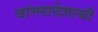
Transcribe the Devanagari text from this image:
बांग्लादेशाची